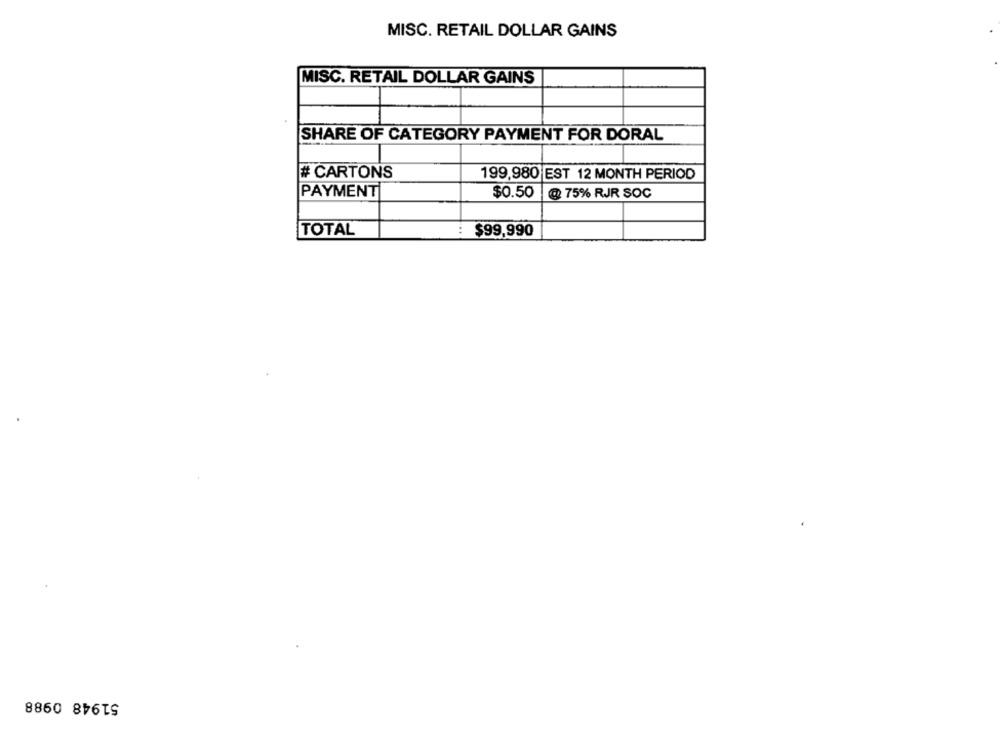
MISC. RETAIL DOLLAR GAINS
MISC. RETAIL DOLLAR GAINS
SHARE OF CATEGORY PAYMENT FOR DORAL
# CARTONS
199,980 EST 12 MONTH PERIOD
PAYMENT
$0.50
@ 75% RJR SOC
TOTAL
: $99,990
51948 0988